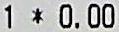
1 * 0.00